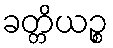
ခတ္တိယဉ္စ